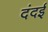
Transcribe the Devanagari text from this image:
दंदई